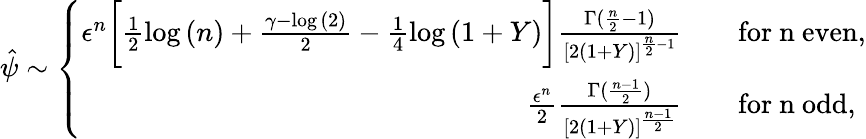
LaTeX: \hat{\psi}\sim\left\{ \begin{array}{rl}{\epsilon^{n}\bigg[\frac{1}{2}\log{(n)}+\frac{\gamma-\log{(2)}}{2}-\frac{1}{4}\log{(1+Y)}\bigg]\frac{\Gamma(\frac{n}{2}-1)}{[2(1+Y)]^{\frac{n}{2}-1}}}&{\quad\mathrm{for~n~even},}\\ {\frac{\epsilon^{n}}{2}\frac{\Gamma(\frac{n-1}{2})}{[2(1+Y)]^{\frac{n-1}{2}}}}&{\quad\mathrm{for~n~odd},}\end{array}\right.